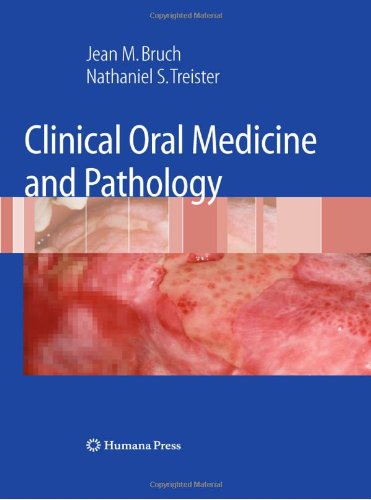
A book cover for Clinical Oral Medicine and Pathology; Jean M. Bruch; Medical Books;